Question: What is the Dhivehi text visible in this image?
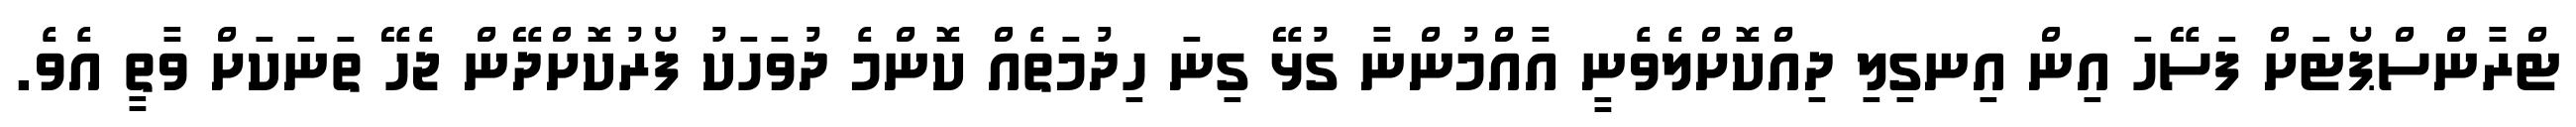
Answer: ޓްރާންސްޕޯޓަށް ފަސޭހަ އިން އިނގިލި ދިއްކޮށްލެވެނީ އާއްމުންނާ ގުޅޭ ގިނަ ހިދުމަތެއް ކޮންމެ ދުވަހަކު ފޯރުކޮށްދޭން ޖެހޭ ތަނަކަށް ވާތީ އެވެ.